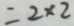
= 2 \times 2